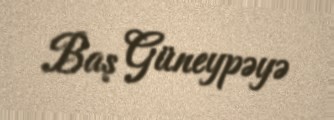
Baş Güneypəyə